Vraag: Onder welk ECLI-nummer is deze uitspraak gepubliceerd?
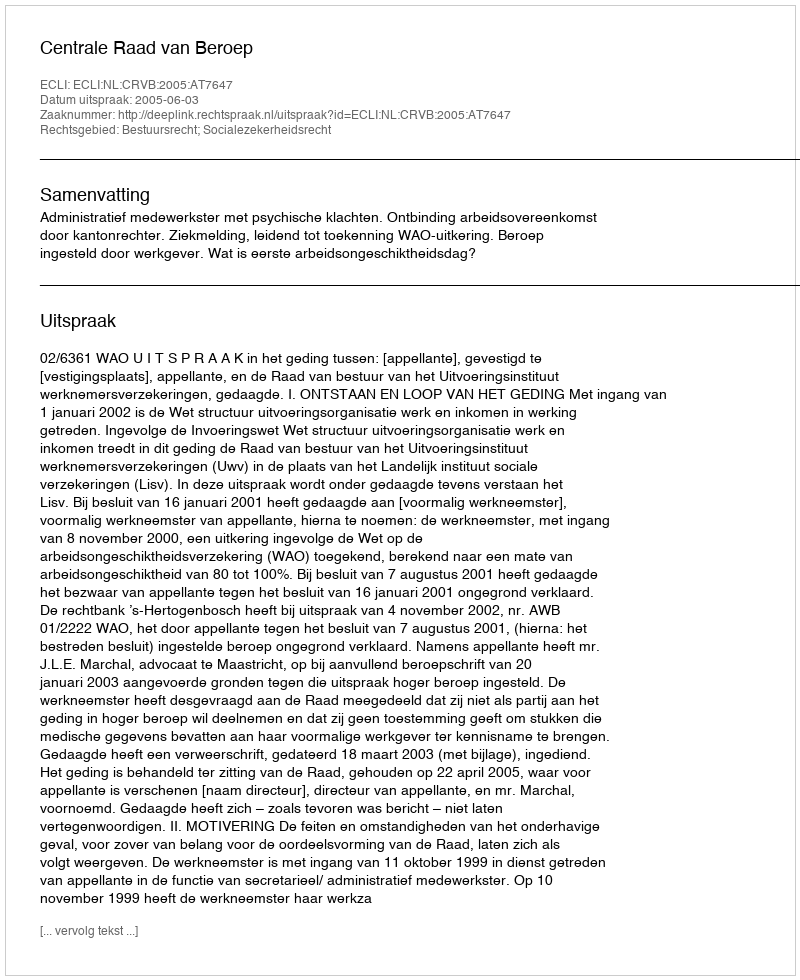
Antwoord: ECLI:NL:CRVB:2005:AT7647